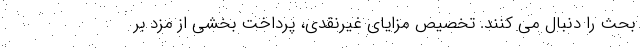
بحث را دنبال می کنند. تخصیص مزایای غیرنقدی، پرداخت بخشی از مزد بر